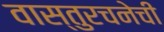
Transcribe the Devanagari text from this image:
वास्तुरचनेची